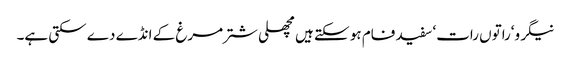
نیگرو‘راتوں رات‘ سفید فام ہو سکتے ہیں مچھلی شتر مرغ کے انڈے دے سکتی ہے۔